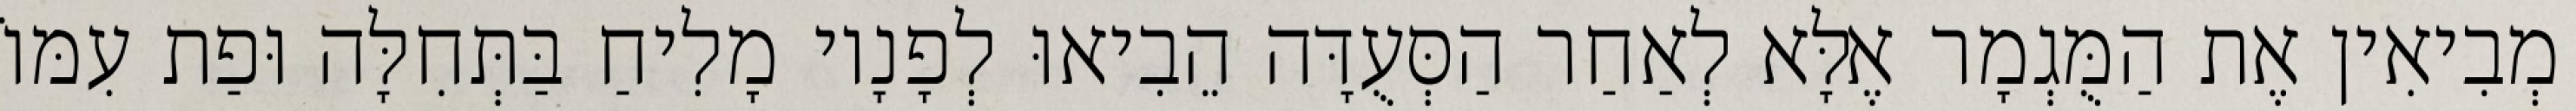
מְבִיאִין אֶת הַמֻּגְמָר אֶלָּא לְאַחַר הַסְּעֻדָּה הֵבִיאוּ לְפָנָיו מָלִיחַ בַּתְּחִלָּה וּפַת עִמּוֹ